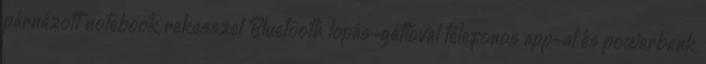
párnázott notebook rekesszel Bluetooth lopás-gátlóval telefonos app-al és powerbank